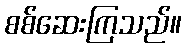
စစ်ဆေးကြသည်။